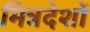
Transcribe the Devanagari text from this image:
मित्रदेशों